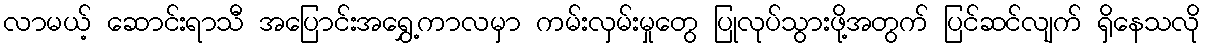
လာမယ့် ဆောင်းရာသီ အပြောင်းအရွှေ့ကာလမှာ ကမ်းလှမ်းမှုတွေ ပြုလုပ်သွားဖို့အတွက် ပြင်ဆင်လျက် ရှိနေသလို